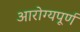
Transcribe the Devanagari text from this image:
आरोग्यपूर्ण